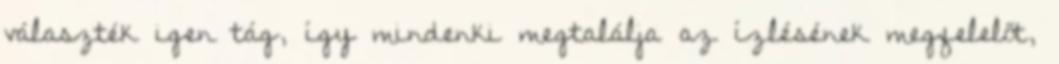
választék igen tág, így mindenki megtalálja az ízlésének megfelelőt,